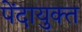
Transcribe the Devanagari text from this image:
पेंदायुक्त